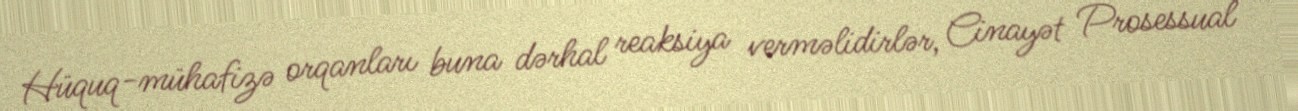
Hüquq-mühafizə orqanları buna dərhal reaksiya verməlidirlər, Cinayət Prosessual